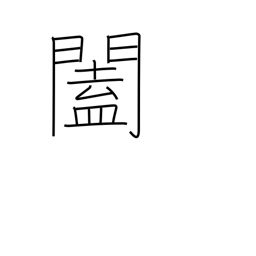
Meaning: doors